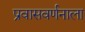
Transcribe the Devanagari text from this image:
प्रवासवर्णनाला